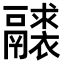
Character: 𩱘